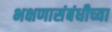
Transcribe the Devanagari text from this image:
भक्षणासंबंधीच्या